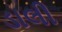
ડાલી